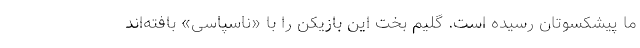
ما پیشکسوتان رسیده است. گلیم بخت این بازیکن را با «ناسپاسی» بافته‌اند